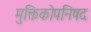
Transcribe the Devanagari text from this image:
मुक्तिकोपनिषद